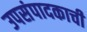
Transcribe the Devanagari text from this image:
उपसंपादकाची